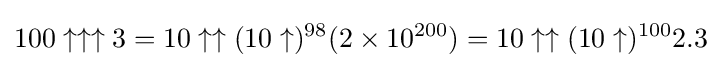
100\uparrow \uparrow \uparrow 3=10\uparrow \uparrow (10\uparrow )^{98}(2\times 10^{200})=10\uparrow \uparrow (10\uparrow )^{100}2.3